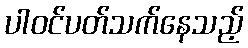
ပါဝင်ပတ်သက်နေသည့်